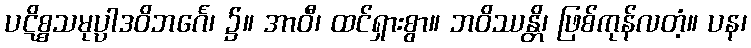
ပဋိစ္စသမုပ္ပါဒဝိဘင်္ဂေ၊ ၌။ အာဝီ၊ ထင်ရှားစွာ။ ဘဝိဿန္တိ၊ ဖြစ်ကုန်လတံ့။ ပန၊